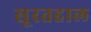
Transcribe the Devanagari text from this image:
सूरतहाल